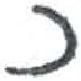
אות: כ